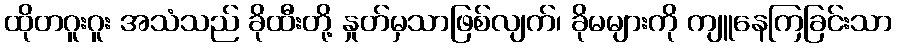
ထိုတဂူးဂူး အသံသည် ခိုထီးတို့ နှုတ်မှသာဖြစ်လျက်၊ ခိုမများကို ကျူနေကြခြင်းသာ